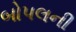
બોપલની